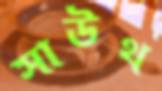
সাউথ